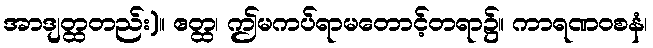
အာဒျတ္ထတည်း)။ ဧတ္ထ၊ ဤမကပ်ရာမတောင့်တရာ၌။ ကာရဏဝစနံ၊